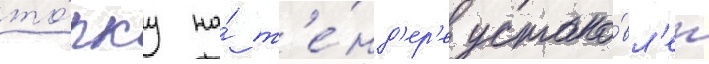
то́пку на́ т'е́нд'ер'е устано́вл'ен